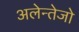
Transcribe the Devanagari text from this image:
अलेन्तेजो